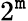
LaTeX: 2^{\mathtt{m}}